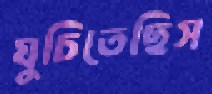
ঘুচিতেছিস